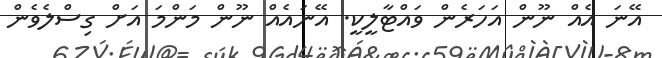
އޭނަ އެއް ނޫން އަހަރެން ވައްޓާލީކީ. އޭނައެއް ނޫން މަންމަ އަށް ގިސްލެވެން